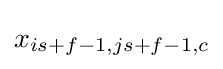
x_{is+f-1,js+f-1,c}